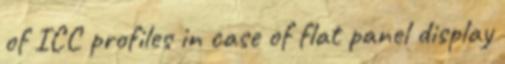
of ICC profiles in case of flat panel display